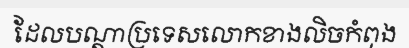
ដែលបណ្តាប្រទេសលោកខាងលិចកំពុង